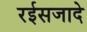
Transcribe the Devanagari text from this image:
रईसजादे